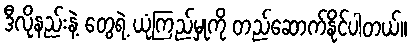
ဒီလိုနည်းနဲ့ တွေရဲ့ ယုံကြည်မှုကို တည်ဆောက်နိုင်ပါတယ်။